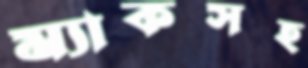
ম্যাকসহ